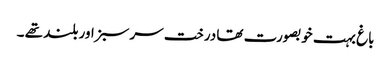
باغ بہت خوبصورت تھا درخت سرسبز اور بلند تھے ۔